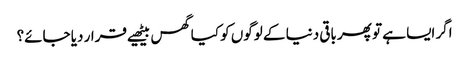
اگر ایسا ہے تو پھر باقی دنیا کے لوگوں کو کیا گھس بیٹھیے قرار دیا جائے؟